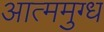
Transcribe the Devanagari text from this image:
आत्ममुग्ध